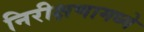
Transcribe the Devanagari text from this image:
निरीक्षणामध्ये